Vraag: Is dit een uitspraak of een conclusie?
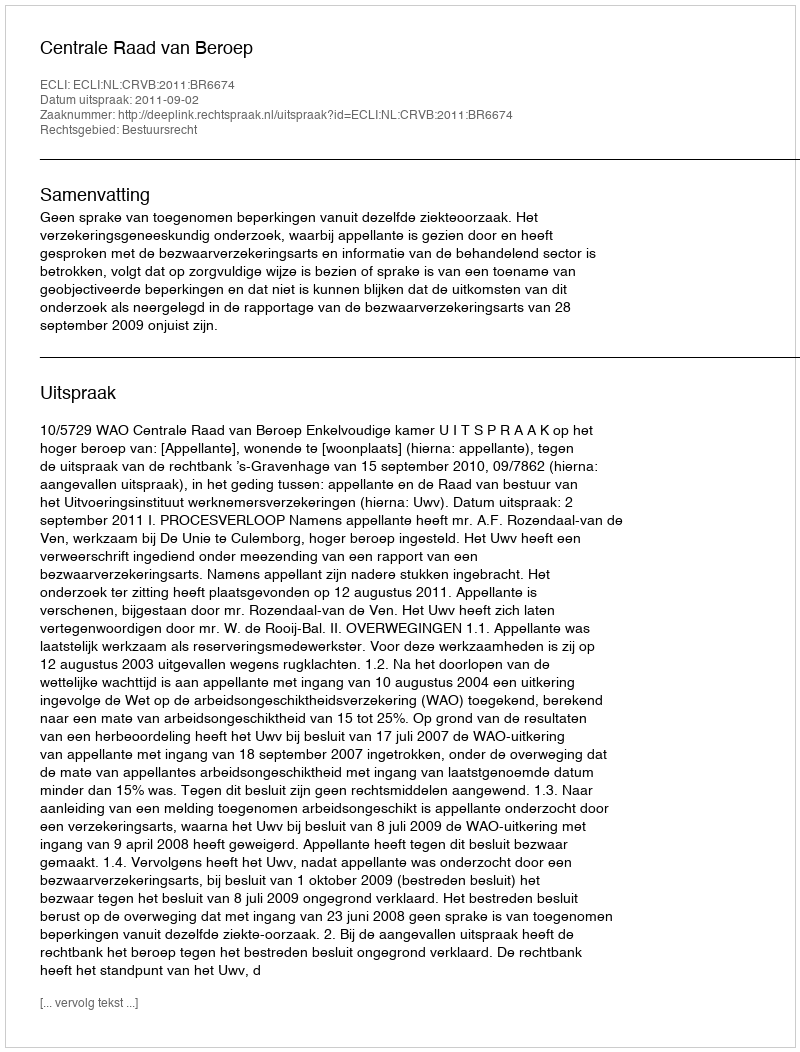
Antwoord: Uitspraak